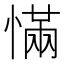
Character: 慲